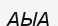
АЫА